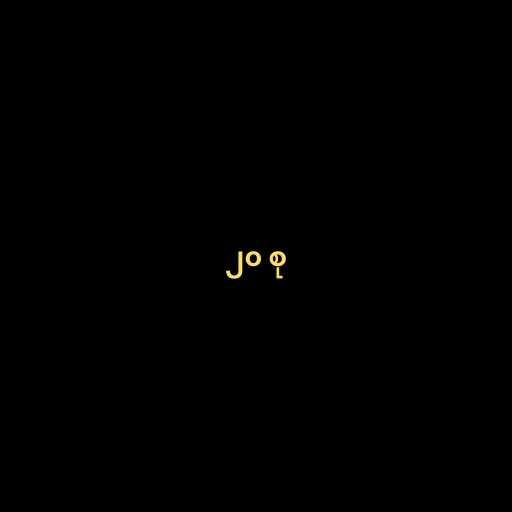
၂၀ စု